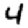
Digit: 4